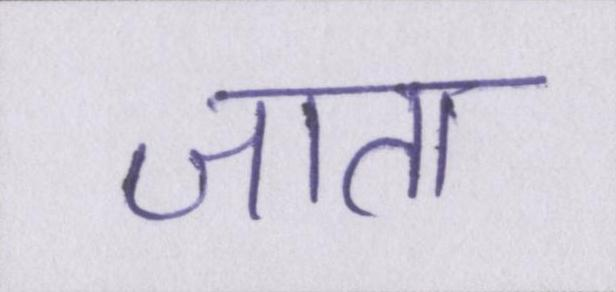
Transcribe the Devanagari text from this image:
जाता